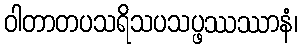
ဝါတာတပသရိသပသပ္ဖဿဿာနံ၊